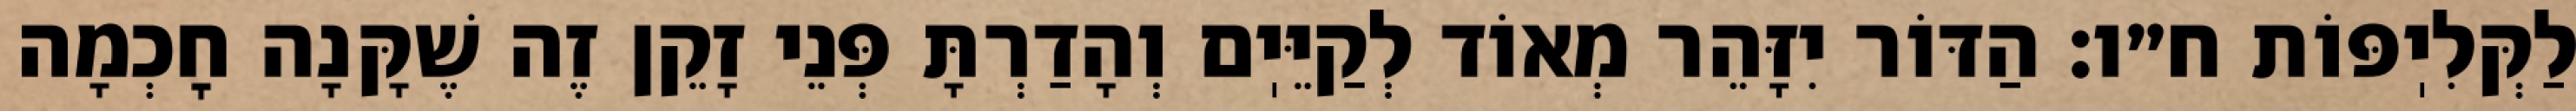
לַקְּלִיֽפּוֹת ח״ו: הַדּוֹר יִזָּהֵר מְאוֹד לְקַיֵּיֽם וְהָדַרְתָּ פְּנֵי זָקֵן זֶה שֶׁקָּנָה חׇכְמָה